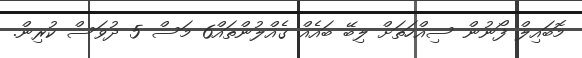
މޮބައިލް ފޯނުން ސިއްހަތަށް ލިބޭ ބައެއް ގެއްލުންތައް6 މަސް 5 ދުވަސް ކުރިން.